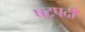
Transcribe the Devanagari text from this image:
षट्‍पदी